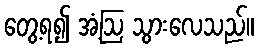
တွေ့ရ၍ အံ့ဩ သွားလေသည်။